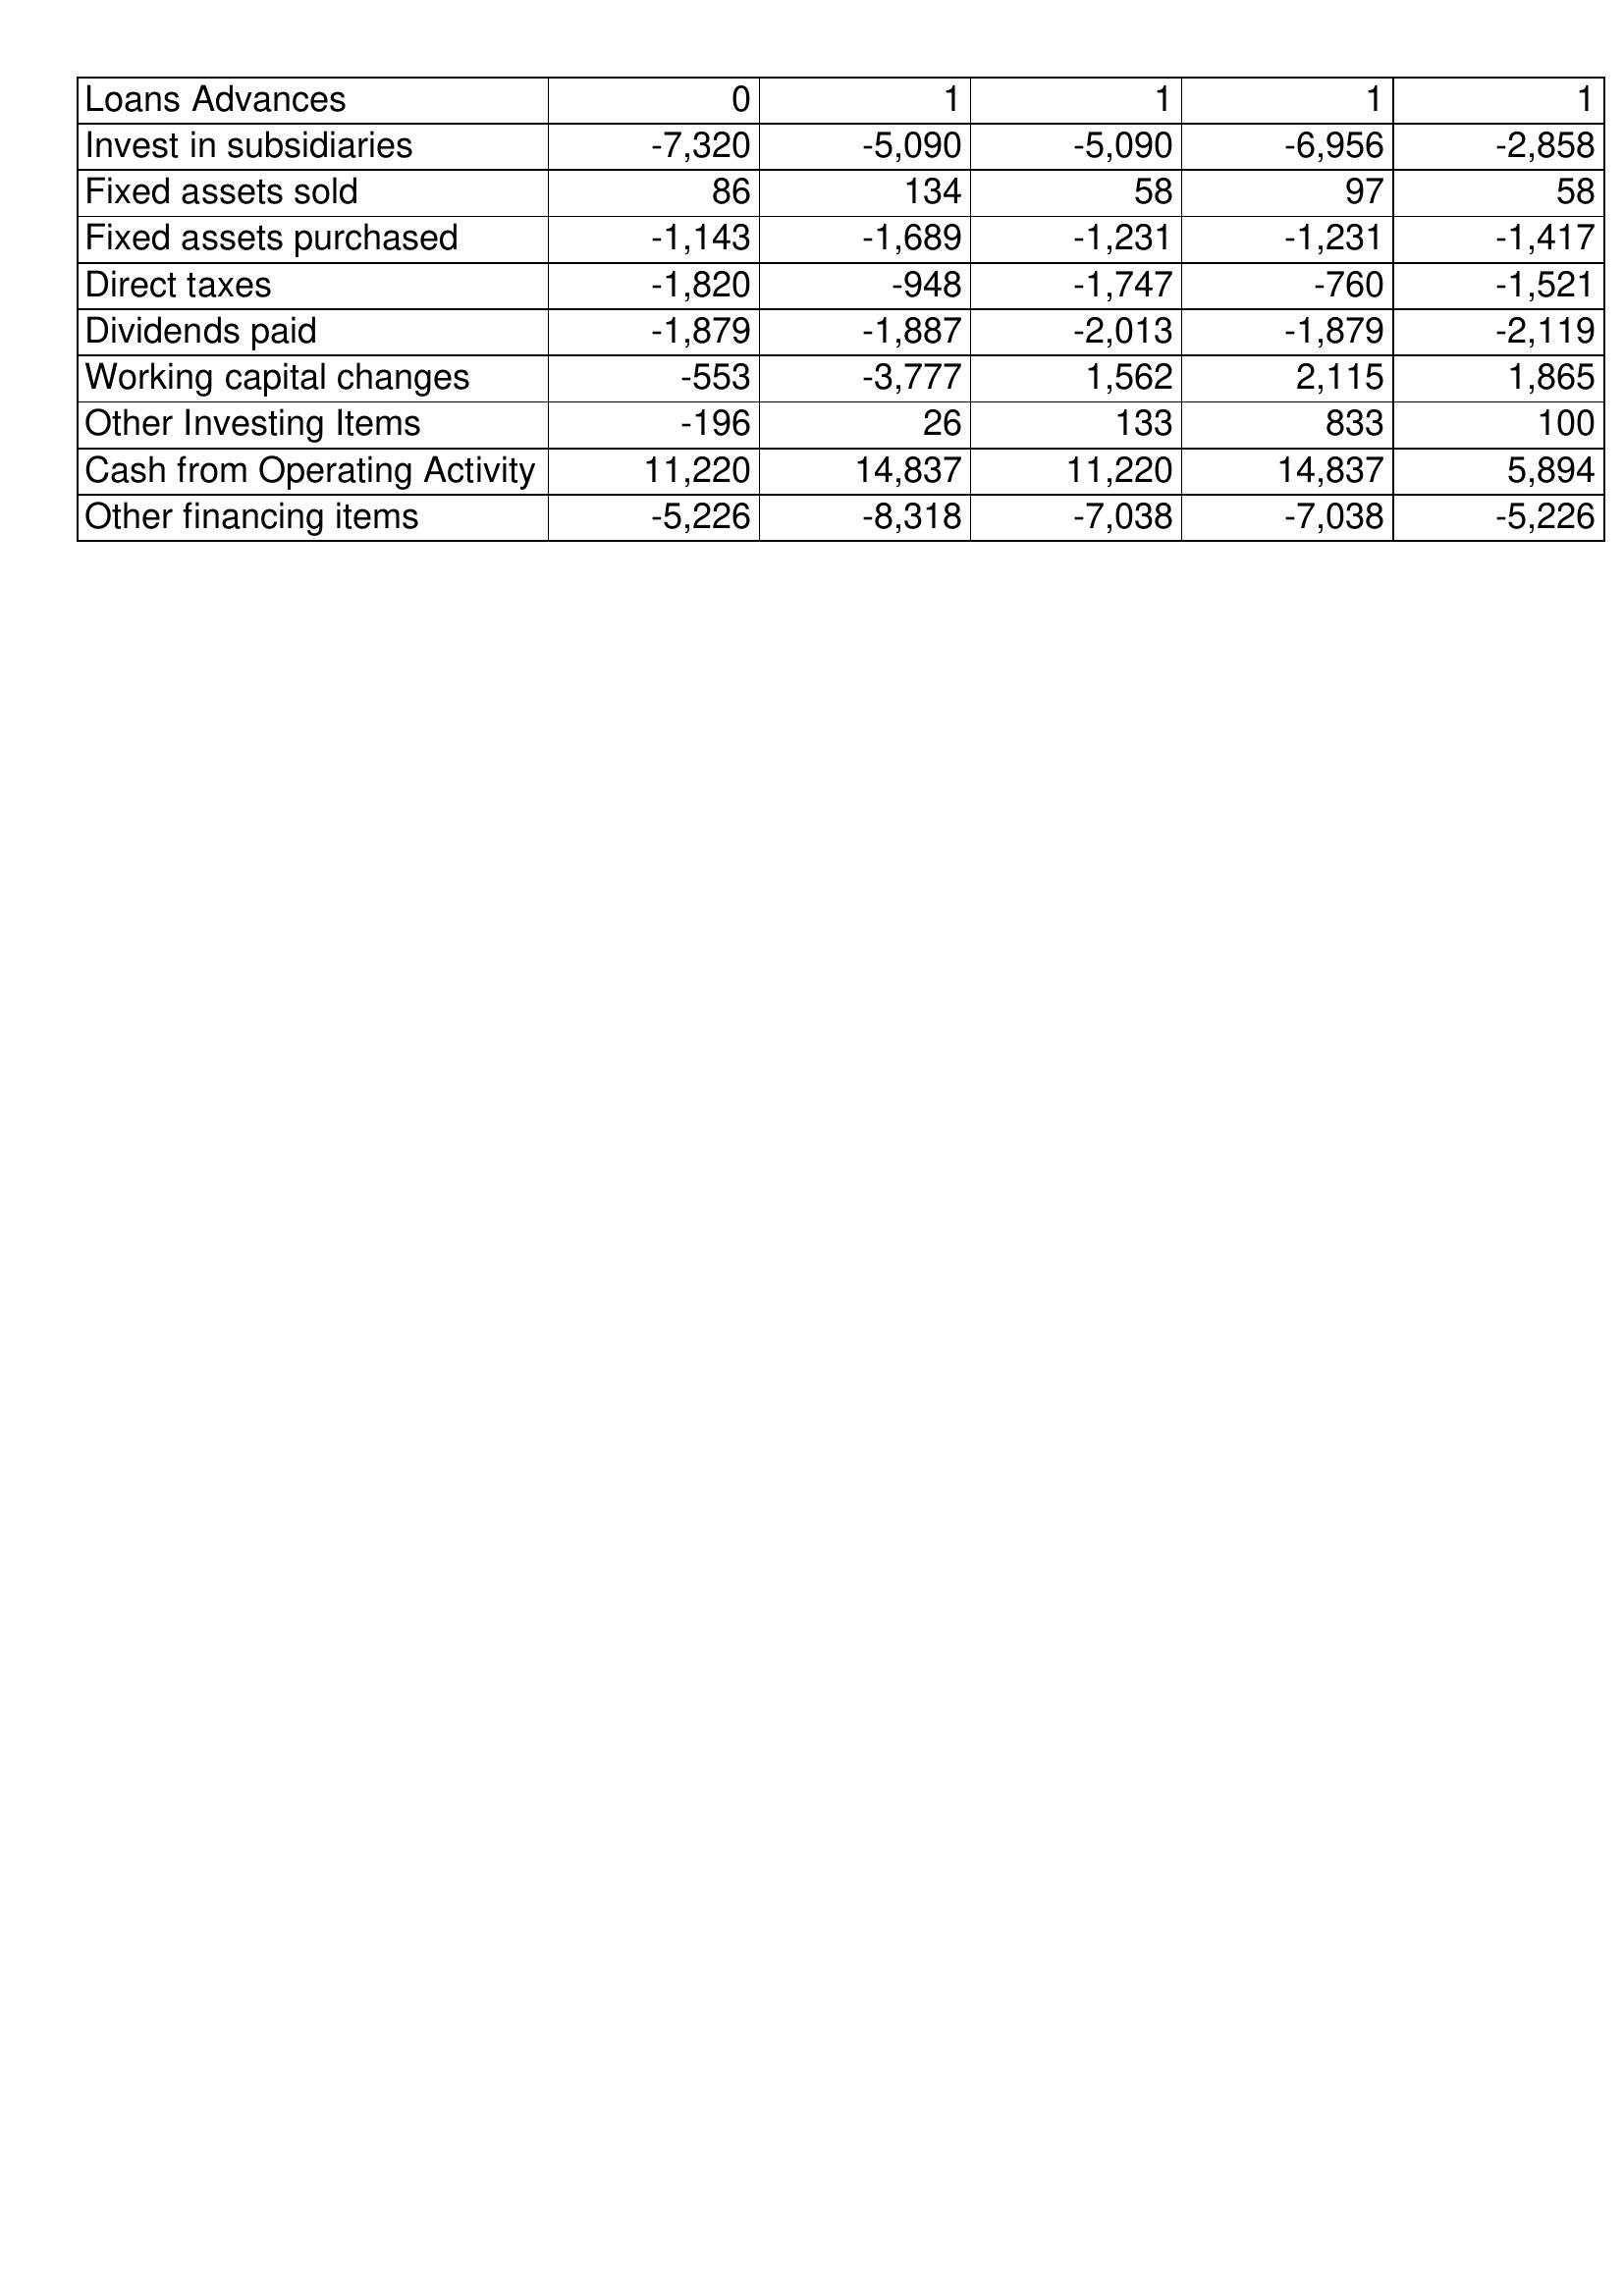
Dec-17: Cash Flows: Loans Advances: 0
Invest in subsidiaries: -7,320
Fixed assets sold: 86
Fixed assets purchased: -1,143
Direct taxes: -1,820
Dividends paid: -1,879
Working capital changes: -553
Other Investing Items: -196
Cash from Operating Activity: 11,220
Other financing items: -5,226
Dec-16: Cash Flows: Loans Advances: 1
Invest in subsidiaries: -5,090
Fixed assets sold: 134
Fixed assets purchased: -1,689
Direct taxes: -948
Dividends paid: -1,887
Working capital changes: -3,777
Other Investing Items: 26
Cash from Operating Activity: 14,837
Other financing items: -8,318
Dec-15: Cash Flows: Loans Advances: 1
Invest in subsidiaries: -5,090
Fixed assets sold: 58
Fixed assets purchased: -1,231
Direct taxes: -1,747
Dividends paid: -2,013
Working capital changes: 1,562
Other Investing Items: 133
Cash from Operating Activity: 11,220
Other financing items: -7,038
Dec-14: Cash Flows: Loans Advances: 1
Invest in subsidiaries: -6,956
Fixed assets sold: 97
Fixed assets purchased: -1,231
Direct taxes: -760
Dividends paid: -1,879
Working capital changes: 2,115
Other Investing Items: 833
Cash from Operating Activity: 14,837
Other financing items: -7,038
Dec-13: Cash Flows: Loans Advances: 1
Invest in subsidiaries: -2,858
Fixed assets sold: 58
Fixed assets purchased: -1,417
Direct taxes: -1,521
Dividends paid: -2,119
Working capital changes: 1,865
Other Investing Items: 100
Cash from Operating Activity: 5,894
Other financing items: -5,226